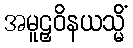
အမူဠှဝိနယသ္မိံ